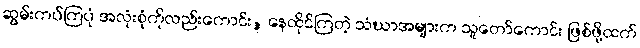
ဆွမ်းကပ်ကြပုံ အလုံးစုံကိုလည်းကောင်း, နေထိုင်ကြတဲ့ သံဃာအများက သူတော်ကောင်း ဖြစ်ဖို့ထက်